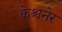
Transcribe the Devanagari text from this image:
क्वेश्चनेर